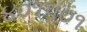
૪૦૧૫૦૧